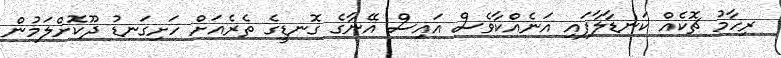
ރިހާމު ޗޮކެއް ކަނޑާލާފައި އަނެއްކާވެސް އައިސް އޭނާގެ ގޮނޑީގެ ތެރެއަށް ހަށިގަނޑު ދޫކޮށްލަމުން